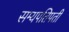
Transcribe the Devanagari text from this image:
सम्यपतिपती